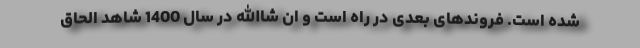
شده است. فروندهای بعدی در راه است و ان شاالله در سال 1400 شاهد الحاق